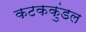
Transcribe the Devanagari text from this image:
कटककुंडल